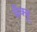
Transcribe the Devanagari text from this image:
ब्रैक्यू